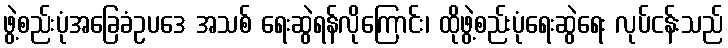
ဖွဲ့စည်းပုံအခြေခံဥပဒေ အသစ် ရေးဆွဲရန်လိုကြောင်း၊ ထိုဖွဲ့စည်းပုံရေးဆွဲရေး လုပ်ငန်းသည်